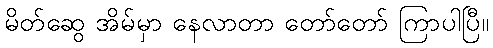
မိတ်ဆွေ အိမ်မှာ နေလာတာ တော်တော် ကြာပါပြီ။